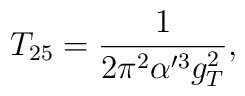
T_{25} = \frac{1}{2 \pi^2 \alpha'^3 g_T^2},